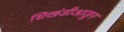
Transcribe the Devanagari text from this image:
शिखंडीआडून